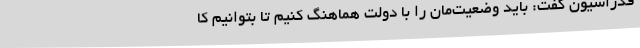
فدراسیون گفت: باید وضعیت‌مان را با دولت هماهنگ کنیم تا بتوانیم کا